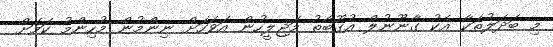
މި ބަދަލުތަކާ އެކު ގާނޫނުލް އުގޫބާތު މަޖިލީހުން އަވަހަށް ނިންމުން މުހިންމު ކަމަށް